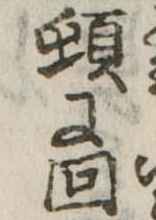
頓に回